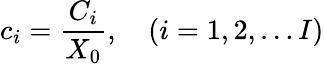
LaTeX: c_{i}=\frac{C_{i}}{X_{0}},\quad(i=1,2,\dots I)